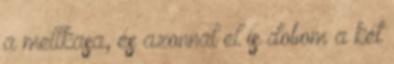
a mellkasa, és azonnal el is dobom a két